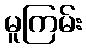
မူကြမ်း